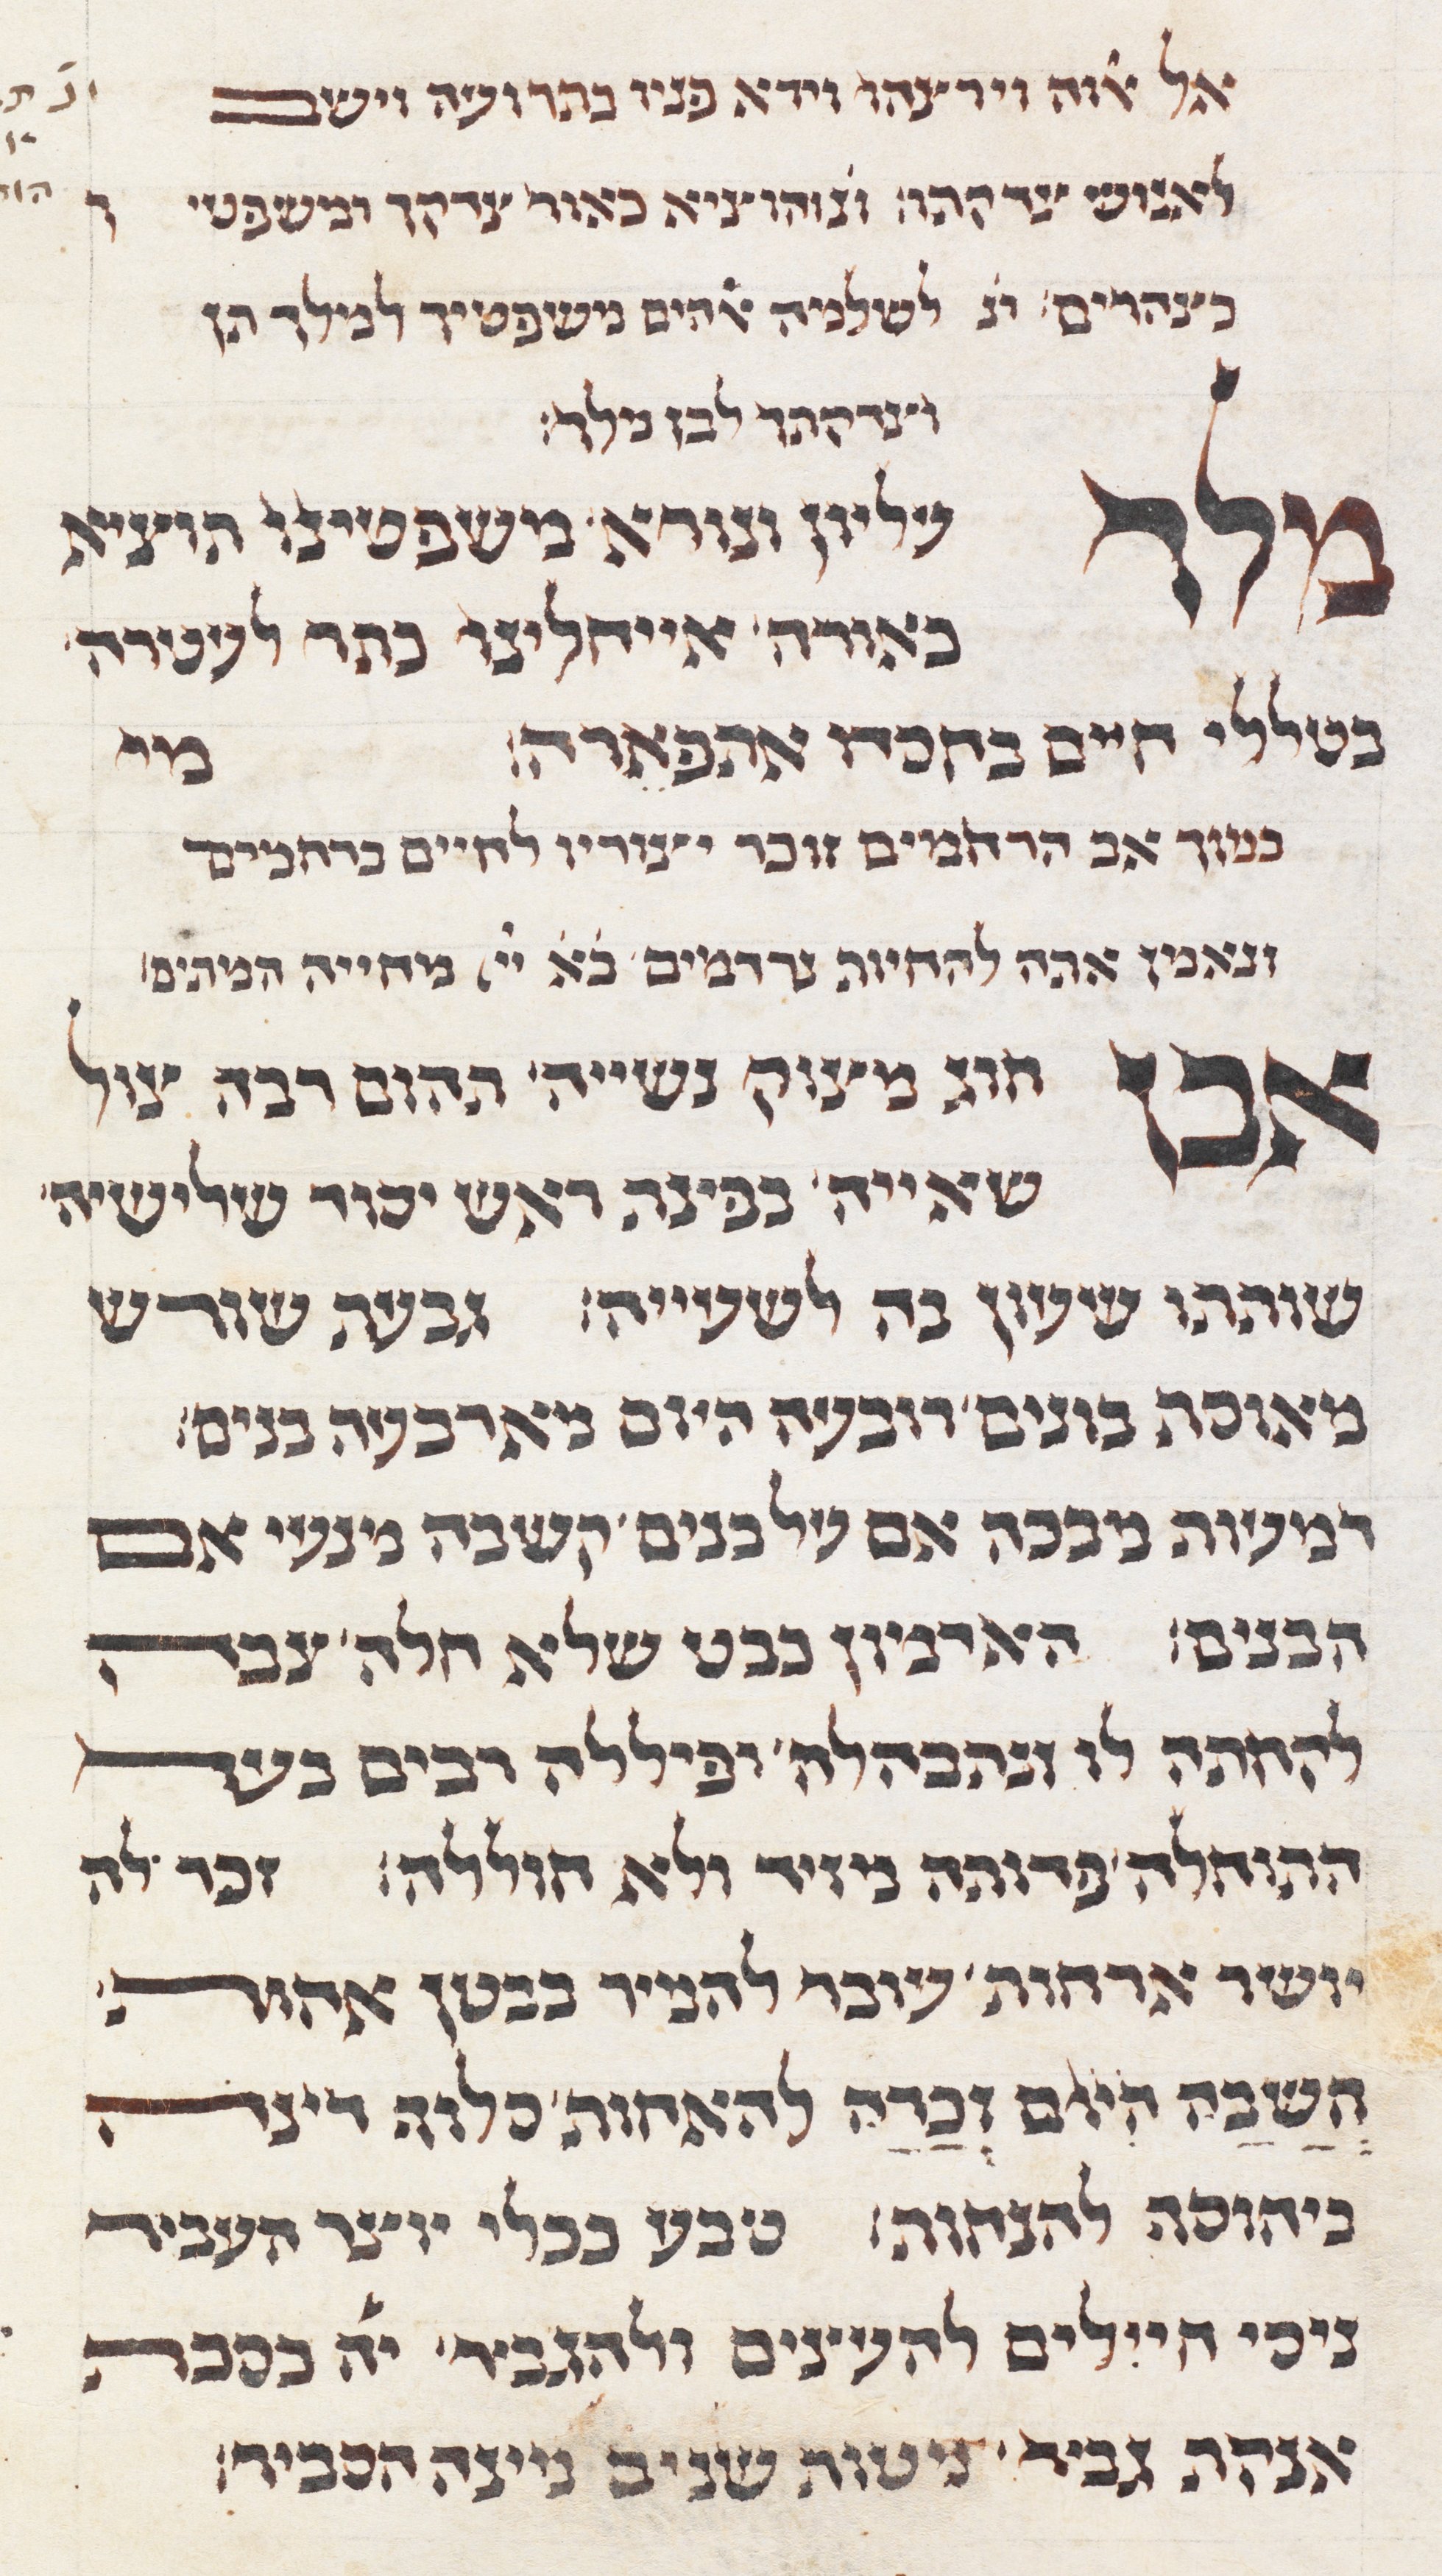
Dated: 1285–1315